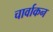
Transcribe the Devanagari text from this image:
चार्वाकन